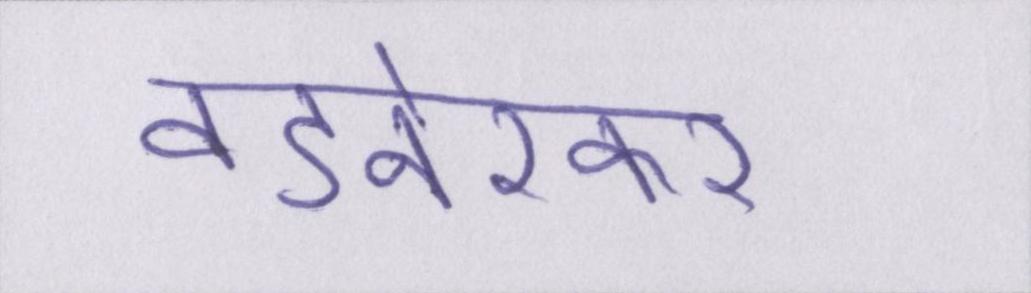
वडनेरकर